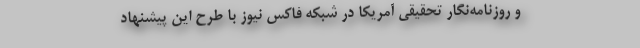
و روزنامه‌نگار تحقیقی آمریکا در شبکه فاکس نیوز با طرح این پیشنهاد